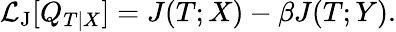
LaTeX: \mathcal{L}_{\mathrm{J}}[Q_{T|X}]=J(T;X)-\beta J(T;Y).